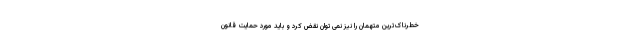
خطرناک‌ترین متهمان را نیز نمی توان نقض کرد و باید مورد حمایت قانون